Report on the working of the Ranchi Indian Mental Hospital, Kanke, in Bihar and Orissa - 1930-1940
Year: 1930
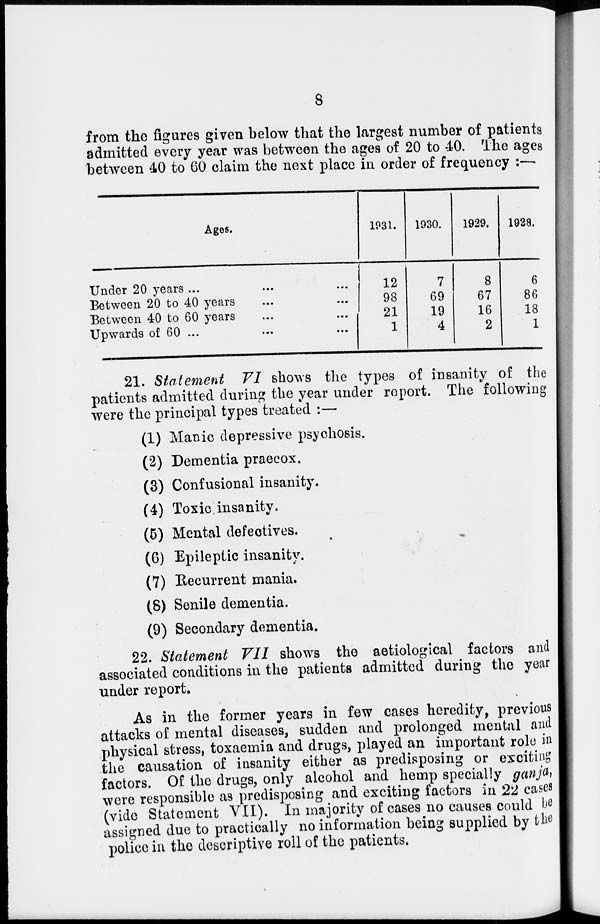
8
from the figures given below that the largest number of patients
admitted every year was between the ages of 20 to 40. The ages
between 40 to 60 claim the next place in order of frequency :—
Ages.
Under 20 years ... ... ...
Between 20 to 40 years ... ...
Between 40 to 60 years ... ...
Upwards of 60 ... ... ...
1931.
12
98
21
1
1930.
7
69
19
4
1929.
8
67
16
2
1928.
6
86
18
1
21. Statement VI shows the types of insanity of the
patients admitted during the year under report. The following
were the principal types treated :—
(1) Manic depressive psychosis.
(2) Dementia praecox.
(3) Confusional insanity.
(4) Toxic insanity.
(5) Mental defectives.
(6) Epileptic insanity.
(7) Recurrent mania.
(8) Senile dementia.
(9) Secondary dementia.
22. Statement VII shows the aetiological factors and
associated conditions in the patients admitted during the year
under report.
As in the former years in few cases heredity, previous
attacks of mental diseases, sudden and prolonged mental and
physical stress, toxaemia and drugs, played an important role in
the causation of insanity either as predisposing or exciting
factors. Of the drugs, only alcohol and hemp specially ganja,
were responsible as predisposing and exciting factors in 22 cases
(vide Statement VII). In majority of cases no causes could be
assigned due to practically no information being supplied by the
police in the descriptive roll of the patients.